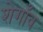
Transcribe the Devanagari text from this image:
शेगाँव